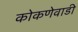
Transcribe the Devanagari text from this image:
कोकणेवाडी